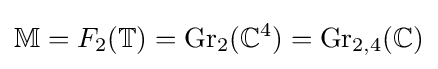
\mathbb {M} =F_{2}(\mathbb {T} )=\operatorname {Gr} _{2}(\mathbb {C} ^{4})=\operatorname {Gr} _{2,4}(\mathbb {C} )